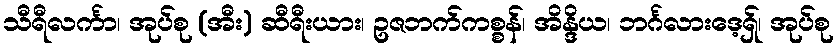
သီရီလင်္ကာ၊ အုပ်စု (အီး) ဆီရီးယား၊ ဥဇဘက်ကစ္စန်၊ အိန္ဒိယ၊ ဘင်္ဂလားဒေ့ရှ်၊ အုပ်စု